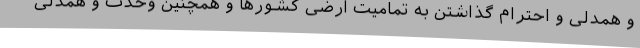
و همدلی و احترام گذاشتن به تمامیت ارضی کشورها و همچنین وحدت و همدلی